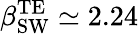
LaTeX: \beta_{\mathrm{SW}}^{\mathrm{TE}}\simeq 2.24